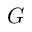
G